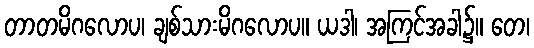
တာတမိဂလောပ၊ ချစ်သားမိဂလောပ။ ယဒါ၊ အကြင်အခါ၌။ တေ၊